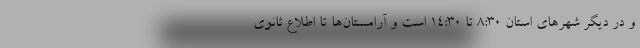
و در دیگر شهرهای استان 8:30 تا 14:30 است و آرامستان‌ها تا اطلاع ثانوی